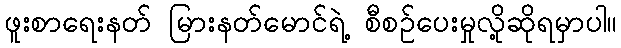
ဖူးစာရေးနတ် မြားနတ်မောင်ရဲ့ စီစဉ်ပေးမှုလို့ဆိုရမှာပါ။